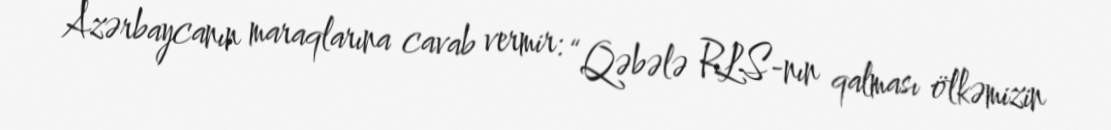
Azərbaycanın maraqlarına cavab vermir: “Qəbələ RLS-nın qalması ölkəmizin